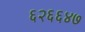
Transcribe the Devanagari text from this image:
६२६६४७